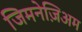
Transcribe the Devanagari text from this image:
जिमनेज़िअम